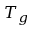
T _ { g }